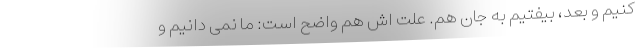
کنیم و بعد، بیفتیم به جان هم. علت اش هم واضح است: ما نمی دانیم و